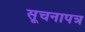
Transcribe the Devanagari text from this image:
सूचनापत्र